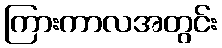
ကြားကာလအတွင်း